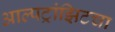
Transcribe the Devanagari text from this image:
आल्पट्रांझिटचा